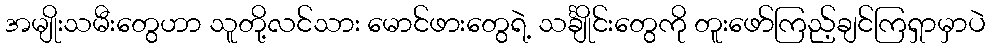
အမျိုးသမီးတွေဟာ သူတို့လင်သား မောင်ဖားတွေရဲ့ သင်္ချိုင်းတွေကို တူးဖော်ကြည့်ချင်ကြရှာမှာပဲ